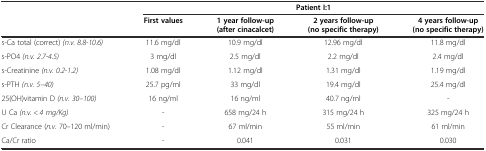
<table><thead><tr><td></td><td colspan="4"><b>Patient I:1</b></td></tr><tr><td></td><td><b>First values</b></td><td><b>1 year follow-up (after cinacalcet)</b></td><td><b>2 years follow-up (no specific therapy)</b></td><td><b>4 years follow-up (no specific therapy)</b></td></tr></thead><tbody><tr><td>s-Ca total (correct) <i>(n.v. 8.8-10.6)</i></td><td>11.6 mg/dl</td><td>10.9 mg/dl</td><td>12.96 mg/dl</td><td>11.8 mg/dl</td></tr><tr><td>s-PO4 <i>(n.v. 2.7-4.5)</i></td><td>3 mg/dl</td><td>2.5 mg/dl</td><td>2.2 mg/dl</td><td>2.4 mg/dl</td></tr><tr><td>s-Creatinine <i>(n.v. 0.2-1.2)</i></td><td>1.08 mg/dl</td><td>1.12 mg/dl</td><td>1.31 mg/dl</td><td>1.19 mg/dl</td></tr><tr><td>s-PTH <i>(n.v. 5–40)</i></td><td>25.7 pg/ml</td><td>33 mg/dl</td><td>19.4 mg/dl</td><td>25.4 mg/dl</td></tr><tr><td>25(OH)vitamin D <i>(n.v. 30–100)</i></td><td>16 ng/ml</td><td>16 ng/ml</td><td>40.7 ng/ml</td><td>-</td></tr><tr><td>U Ca <i>(n.v. &lt; 4 mg/Kg)</i></td><td>-</td><td>658 mg/24 h</td><td>315 mg/24 h</td><td>325 mg/24 h</td></tr><tr><td>Cr Clearance (<i>n.v.</i> 70<i>–</i>120 ml/min)</td><td>-</td><td>67 ml/min</td><td>55 ml/min</td><td>61 ml/min</td></tr><tr><td>Ca/Cr ratio</td><td>-</td><td>0.041</td><td>0.031</td><td>0.030</td></tr></tbody></table>